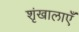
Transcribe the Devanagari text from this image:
शृंखालाएँ